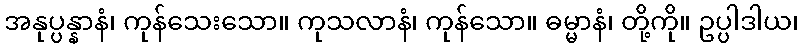
အနုပ္ပန္နာနံ၊ ကုန်သေးသော။ ကုသလာနံ၊ ကုန်သော။ ဓမ္မာနံ၊ တို့ကို။ ဥပ္ပါဒါယ၊